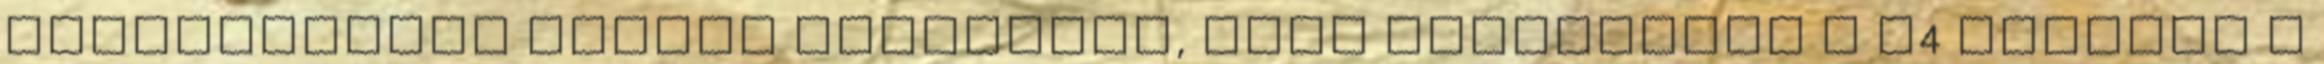
partnerektől kapott megbízást, hogy tárgyaljon a V4 nevében a